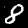
Label: 8